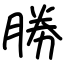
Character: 勝